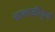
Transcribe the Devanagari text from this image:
चालाकीपूर्ण